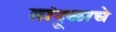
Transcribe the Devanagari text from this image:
तांदूळाचे